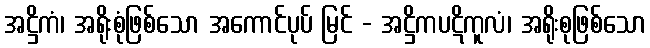
အဋ္ဌိကံ၊ အရိုးစုံဖြစ်သော အကောင်ပုပ် မြင် - အဋ္ဌိကပဋိကူလံ၊ အရိုးစုဖြစ်သော